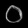
Digit: ၀